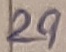
Text: 29